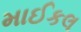
માઈકલ